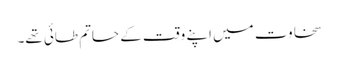
سخاوت میں اپنے وقت کے حاتم طائی تھے۔